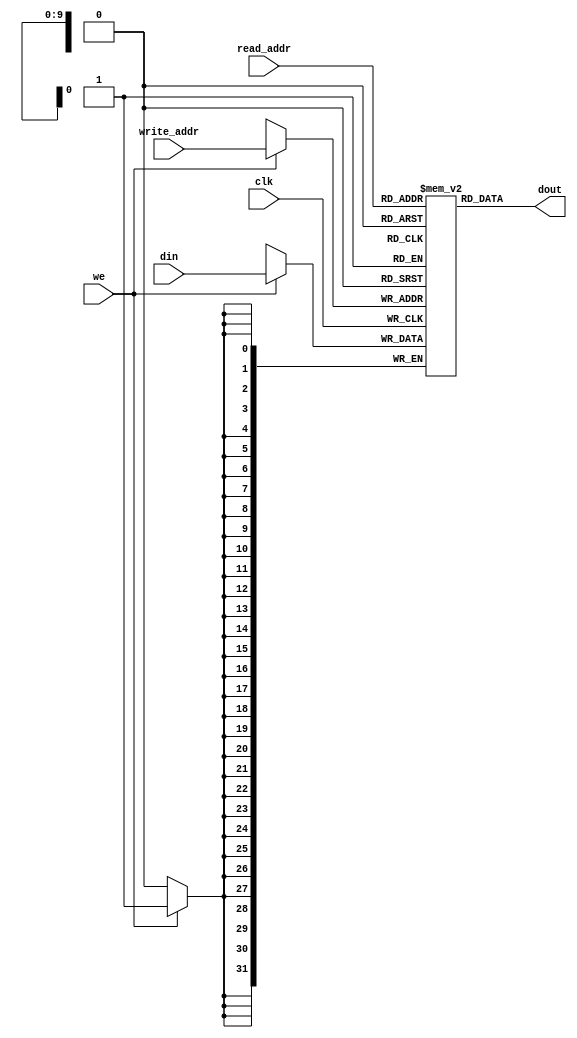
module ram_simple_dp_async_read_1024x32 (clk, we, read_addr, write_addr, din, dout);
    input clk, we;
    input [9:0] read_addr, write_addr;
    input [31:0] din;
    output [31:0] dout;
    
    reg [31:0] ram [1023:0];

    always @(posedge clk)
    begin
        if (we)
            ram[write_addr] <= din;
    end

    assign dout = ram[read_addr];

endmodule